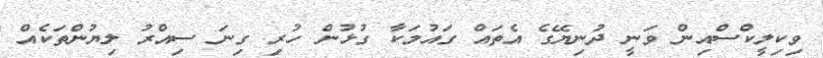
ވިކިލީކްސްއިން ވަނީ ދުނިޔޭގެ އެތައް ގައުމަކާ ގުޅުން ހުރި ގިނަ ސިއްރު ލިޔުންތަކެއް